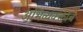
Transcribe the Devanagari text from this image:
अभिव्यक्क्तीचे